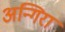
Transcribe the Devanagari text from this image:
अन्गिरा